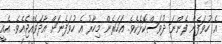
އެ ހުވަފެން ފެންނަ ދުވަސްކޮޅެކެވެ. އަހަރެން މިހާރު އެ ހުވަފެނަށް އާދަވެއްޖެއެވެ. އެއީ